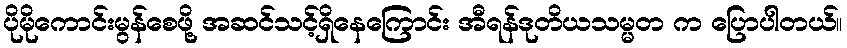
ပိုမိုကောင်းမွန်စေဖို့ အဆင်သင့်ရှိနေကြောင်း အီရန်ဒုတိယသမ္မတ က ပြောပါတယ်။